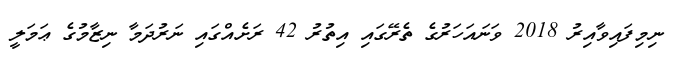
ނިމިފައިވާއިރު 2018 ވަނައަހަރުގެ ތެރޭގައި އިތުރު 42 ރަށެއްގައި ނަރުދަމާ ނިޒާމުގެ ޢަމަލީ